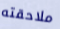
ملاحقته